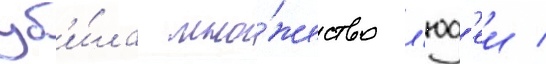
уб'и́ла мно́жество л'юд'еи /